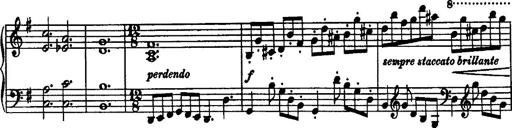
Title: Rondo di bravura
Composer: Franz Liszt